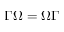
\Gamma \Omega = \Omega \Gamma